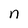
Character: n